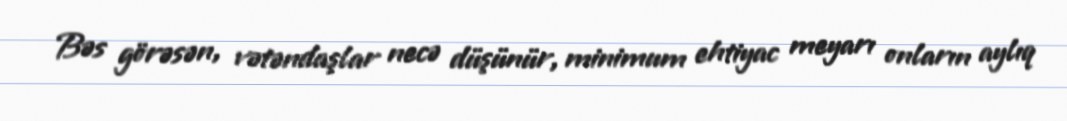
Bəs görəsən, vətəndaşlar necə düşünür, minimum ehtiyac meyarı onların aylıq